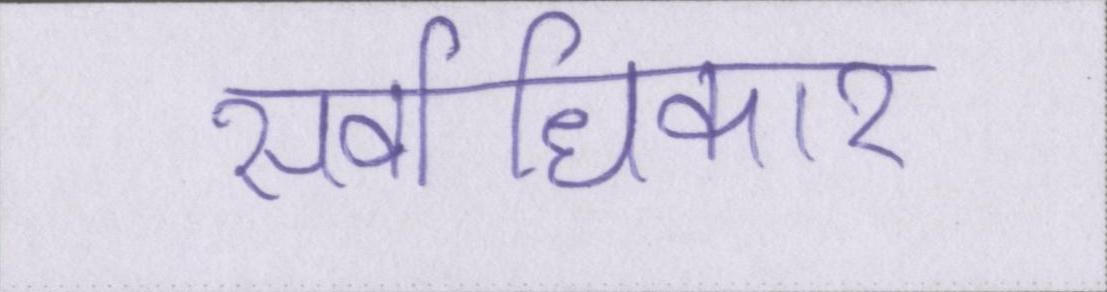
सर्वाधिकार